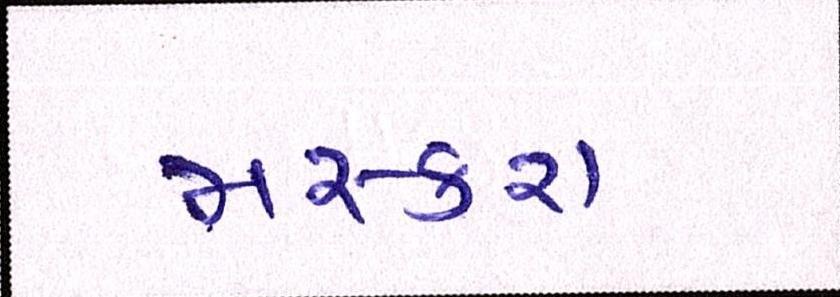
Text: મસ્કરા